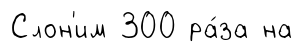
Слон'им 300 ра́за на